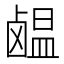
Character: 𫜊